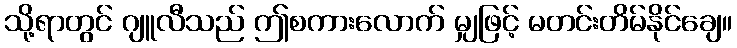
သို့ရာတွင် ဂျူလီသည် ဤစကားလောက် မျှဖြင့် မတင်းတိမ်နိုင်ချေ။